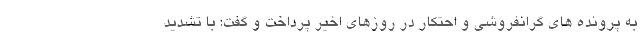
به پرونده های گرانفروشی و احتکار در روزهای اخیر پرداخت و گفت: با تشدید